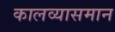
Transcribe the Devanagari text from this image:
कालव्यासमान